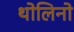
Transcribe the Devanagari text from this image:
थोलिनो